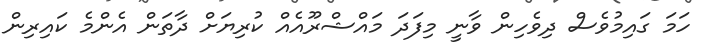
ހަމަ ގައިމުވެސް ދިވެހިން ވާނީ މިފަދަ މައްޝްރޫއެއް ކުރިޔަށް ދާތަން އެންމެ ކައިރިން